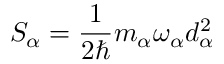
S _ { \alpha } = \frac { 1 } { 2 \hbar } m _ { \alpha } \omega _ { \alpha } d _ { \alpha } ^ { 2 }